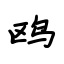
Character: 鸥